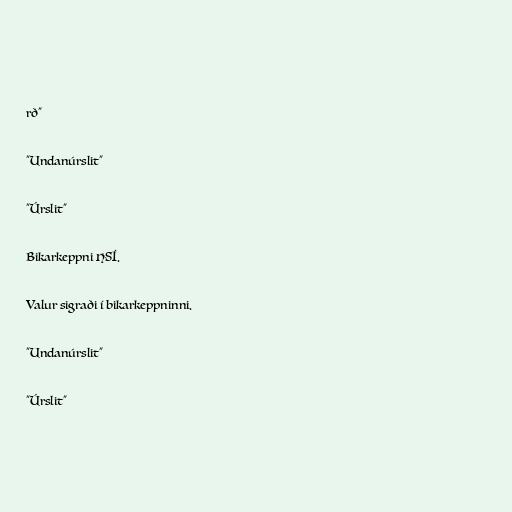
rð"

"Undanúrslit"

"Úrslit"

Bikarkeppni HSÍ.

Valur sigraði í bikarkeppninni.

"Undanúrslit"

"Úrslit"